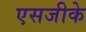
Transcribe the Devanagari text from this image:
एसजीके